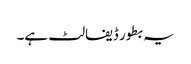
یہ بطور ڈیفالٹ ہے۔